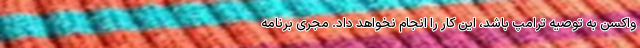
واکسن به توصیه ترامپ باشد، این کار را انجام نخواهد داد. مجری برنامه